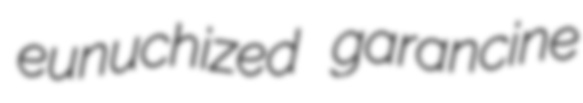
eunuchized garancine